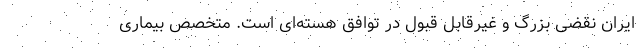
ایران نقضی بزرگ و غیرقابل‌ قبول در توافق هسته‌ای است. متخصص بیماری